Plague in India, 1896, 1897 - Volume 3
Year: 1896
Disease focus: Plague
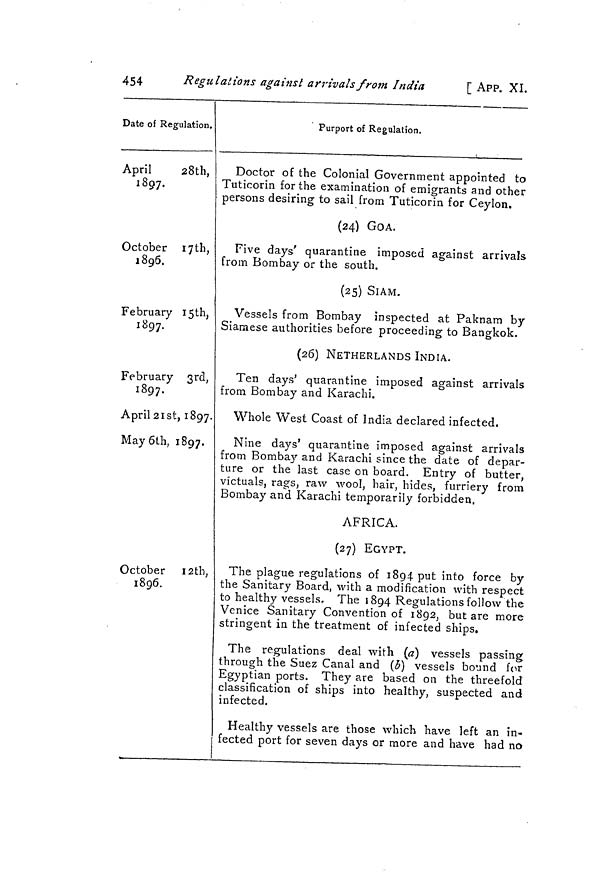
454
Regulations against arrivals from India
[ APP. XI.
Date of Regulation.
April
28th,
1897.
October 17th,
1896.
February 15th,
1897.
February 3rd,
1897.
April 21st, 1897.
May 6th. 1897.
J
'
^ t
October 12th,
1896.
Purport of Regulation.
Doctor of the Colonial Government appointed to
Tuticorin for the examination of emigrants and other
persons desiring to sail from Tuticorin for Ceylon.
(24) GOA.
Five days' quarantine imposed against arrivals
J
i
ST
O
from Bombay or the south.
(25) SIAM.
Vessels from Bombay inspected at Paknam by
Siamese authorities before proceeding to Bangkok.
(26) NETHERLANDS INDIA.
Ten days' quarantine imposed against arrivals
from Bombay and Karachi.
Whole West Coast of India declared infected.
Nine days' quarantine imposed against arrivals
from Bombay and Karachi since the date of depar-
ture or the last case on board. Entry of butter,
victuals, rags, raw wool, hair, hides, furriery from
Bombay and Karachi temporarily forbidden.
AFRICA.
(27) EGYPT.
The plague regulations of 1894 put into force by
the Sanitary Board, with a modification with respect
to healthy vessels. The 1894 Regulations follow the
Venice Sanitary Convention of 1892, but are more
stringent in the treatment of infected ships.
The regulations deal with (a) vessels passing
through the Suez Canal and (b) vessels bound for
Egyptian ports. They are based on the threefold
classification of ships into healthy, suspected and
infected.
Healthy vessels are those which have left an in-
fected port for seven days or more and have had no